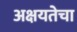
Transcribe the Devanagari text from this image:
अक्षयतेचा